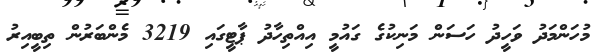
މުހަންމަދު ވަހީދު ހަސަން މަނިކުގެ ގައުމީ އިއްތިހާދު ޕާޓީގައި 3219 މެންބަރުން ތިބީއިރު